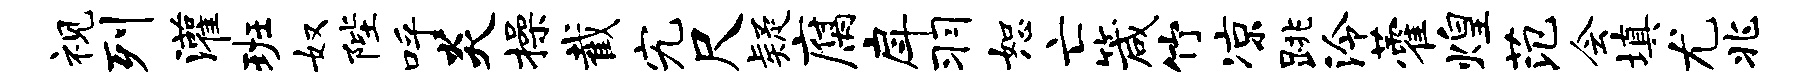
视列灌班奴陛呼炎操截究尺疑腐戽羽恕亡箴竹凉跳泠藿煌范会填尤兆